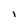
Character: I